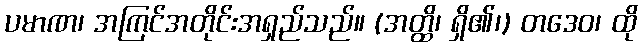
ပမာဏ၊ အကြင်အတိုင်းအရှည်သည်။ (အတ္ထိ၊ ရှိ၏၊) တဒေဝ၊ ထို